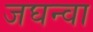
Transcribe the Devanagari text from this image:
जघन्वा